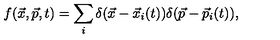
f ( \vec { x } , \vec { p } , t ) = \sum _ { i } \delta ( \vec { x } - { \vec { x } } _ { i } ( t ) ) \delta ( \vec { p } - { \vec { p } } _ { i } ( t ) ) ,